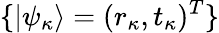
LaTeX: \{ |\psi_{\kappa}\rangle=(r_{\kappa},t_{\kappa})^{T}\}